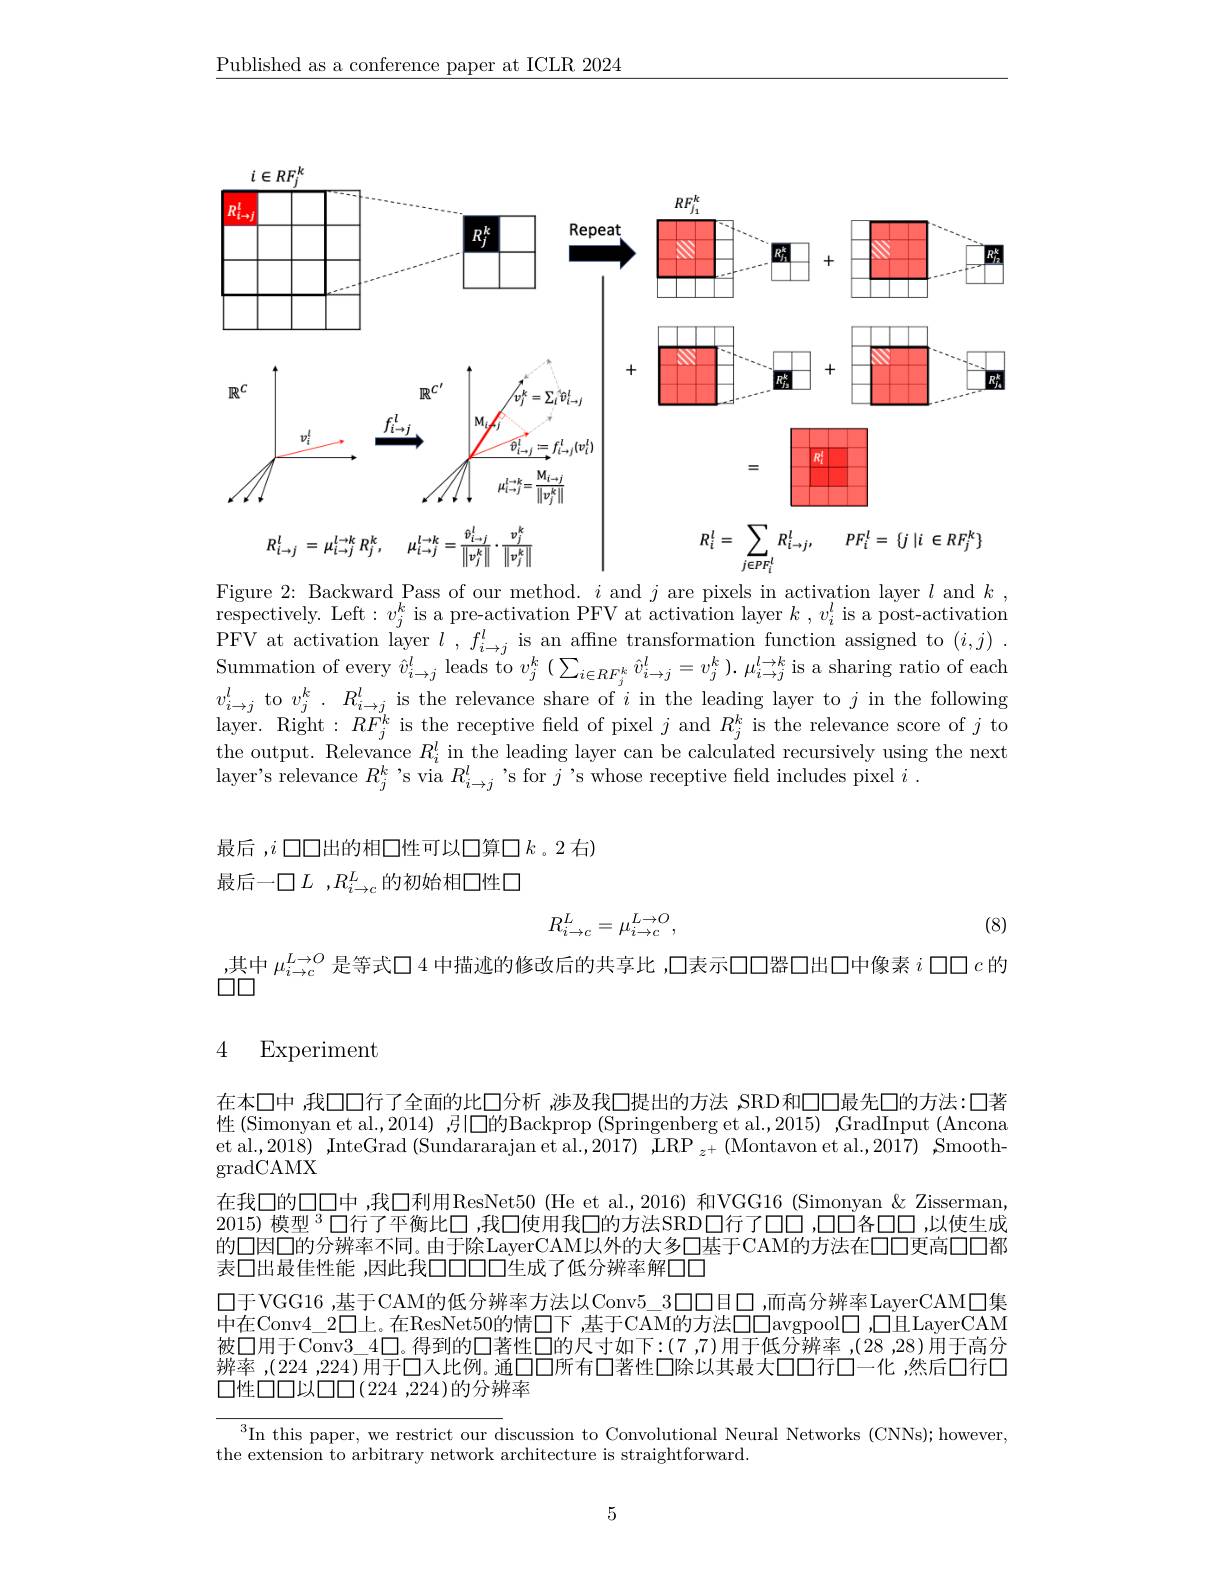
$\underline{\text{Published as a conference paper at ICLR 2024}}$

<FigureHere>

Figure 2: Backward Pass of our method. $i$ and $j$ are pixels in activation layer $l$ and $k$

respectively. Left: $v_j^k$ is a pre-activation PFV at activation layer $k,v_i^l$ is a post-activation PFV at activation layer $l^{-1},f_{i\to j}^{l}$ is an affine transformation function assigned to $(i,j).$ Summation of every $\hat{v}_{i\to j}^{l}$ leads to $v_{j}^{k}\left(\sum_{i\in RF_{j}^{k}}\hat{v}_{i\to j}^{l}=v_{j}^{k}\right).\mu_{i\to j}^{l\to k}$ is a sharing ratio of each $v_{i\to j}^{l}$ to $v_j^k.R_{i\to j}^{l}$ is the relevance share of $i$ in the leading layer to $j$ in the following layer. Right$:RF_{j}^{k}$ is the receptive feld of pixel $j$ and $R_j^{k}$ is the relevance score of $j$ to the output. Relevance $R_i^l$ in the leading layer can be calculated recursively using the next layer's relevance $R_j^k$ 's via $R_i\to j^l$ 's for $j$ 's whose receptive field includes pixel $i.$

最后 ,$i$口口出的相口性可以口算口$k$ 。2 右)
最后一口$L,R_{i\to c}^L$的初始相口性口
$$R_{i\to c}^L=\mu_{i\to c}^{L\to O},$$
(8)

,其中$\mu_{i\to c}^{L\to O}$是等式口 4 中描述的修改后的共享比 ,口表示口口器口出口中像素$i$口口$c$的
$\square\square$

### 4 Experiment

在本口中 我口口行了全面的比口分析 ,涉及我□提出的方法 ,SRD和口口最先口的方法：口著性(Simonyan et al.2014),引口的Backprop (Springenberg et al.,2015),GradInput (Ancona et al.,2018) ,InteGrad (Sundararajan et al.,2017) ,$\bar{\mathrm{LRP}}_{z^+}$ (Montavon et al.,2017) ,Smooth- $\operatorname{gradCAMX}$
在我口的口口中 ,我口利用ResNet50 (He et al.,2016) 和VGG16 (Simonyan & Zisserman, 2015) 模型$^{3}$口行了平衡比口 ,我口使用我口的方法SRD口行了00 ,口口各口口 ,以使生成的口因口的分辨率不同。由于除LayerCAM以外的大多口基于CAM的方法在口口更高口口都表口出最佳性能，因此我口口口口生成了低分辨率解口口
$\square 于$VGG16 ,基于CAM的低分辨率方法以Conv5\_3口口目口 ,而高分辨率LayerCAM$\square$集中在Conv4\_2口上。在ResNet50的情□下，基于CAM的方法口口avgpool□,$\square 且LayerCAM$ 被口用于Conv$\overline{3}\_4\square$。得到的口著性口的尺寸如下：(7,7)用于低分辨率 ,(28,28)用于高分辨率 ,(224 ,224)用于口人比例。通口口所有口著性口除以其最大口口行口一化 ,然后口行口口性口口以口口(224 ,224)的分辨率

$\overline{^3\text{In this paper, we restrict our d}}$iscussion to Convolutional Neural Networks (CNNs);however,
the extension to arbitrary network architecture is straightforward.

5